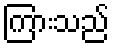
ကြားသည်